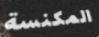
المكنسة